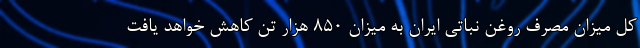
کل میزان مصرف روغن نباتی ایران به میزان ۸۵۰ هزار تن کاهش خواهد یافت